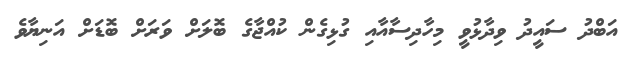
އަބްދު ސައީދު ވިދާޅުވީ މިހާދިސާއާއި ގުޅިގެން ކުއްޖާގެ ބޮލަށް ވަރަށް ބޮޑަށް އަނިޔާވެ